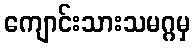
ကျောင်းသားသမဂ္ဂမှ